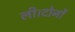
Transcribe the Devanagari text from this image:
ली।दोनों